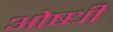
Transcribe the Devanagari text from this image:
ओष्धी